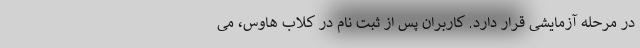
در مرحله آزمایشی قرار دارد. کاربران پس از ثبت نام در کلاب هاوس، می